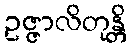
ဥဇ္ဇာလိတုန္တိ